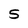
Character: S